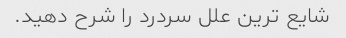
شایع ترین علل سردرد را شرح دهید.